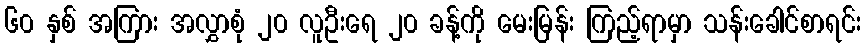
၆၀ နှစ် အကြား အလွှာစုံ ၂၀ လူဦးရေ ၂၀ ခန့်ကို မေးမြန်း ကြည့်ရာမှာ သန်းခေါင်စာရင်း